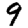
Digit: 9